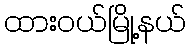
ထားဝယ်မြို့နယ်